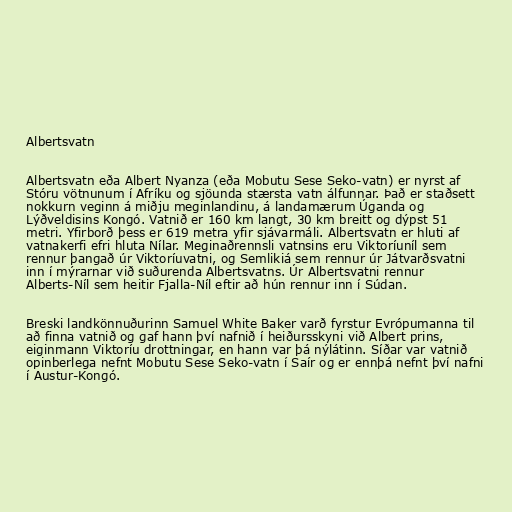
Albertsvatn

Albertsvatn eða Albert Nyanza (eða Mobutu Sese Seko-vatn) er nyrst af
Stóru vötnunum í Afríku og sjöunda stærsta vatn álfunnar. Það er staðsett
nokkurn veginn á miðju meginlandinu, á landamærum Úganda og
Lýðveldisins Kongó. Vatnið er 160 km langt, 30 km breitt og dýpst 51
metri. Yfirborð þess er 619 metra yfir sjávarmáli. Albertsvatn er hluti af
vatnakerfi efri hluta Nílar. Meginaðrennsli vatnsins eru Viktoríuníl sem
rennur þangað úr Viktoríuvatni, og Semlikiá sem rennur úr Játvarðsvatni
inn í mýrarnar við suðurenda Albertsvatns. Úr Albertsvatni rennur
Alberts-Níl sem heitir Fjalla-Níl eftir að hún rennur inn í Súdan.

Breski landkönnuðurinn Samuel White Baker varð fyrstur Evrópumanna til
að finna vatnið og gaf hann því nafnið í heiðursskyni við Albert prins,
eiginmann Viktoríu drottningar, en hann var þá nýlátinn. Síðar var vatnið
opinberlega nefnt Mobutu Sese Seko-vatn í Saír og er ennþá nefnt því nafni
í Austur-Kongó.